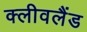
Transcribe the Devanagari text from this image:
क्‍लीवलैंड